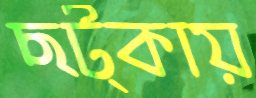
ছট্‌কায়